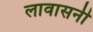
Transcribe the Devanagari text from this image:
लावासनी